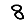
Digit: 8